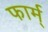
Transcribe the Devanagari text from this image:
फार्म्